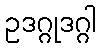
ဥဒဂ္ဂုဒဂ္ဂါ